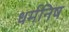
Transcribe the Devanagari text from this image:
धर्मनिष